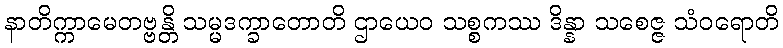
နာတိက္ကာမေတဗ္ဗန္တိ သမ္မဒက္ခာတောတိ ဌာယေဝ သစ္စကဿ ဒိန္နာ သစေဇ္ဇ သံဝရောတိ